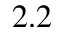
2 . 2